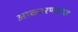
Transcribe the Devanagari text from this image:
आकारणार्‍या